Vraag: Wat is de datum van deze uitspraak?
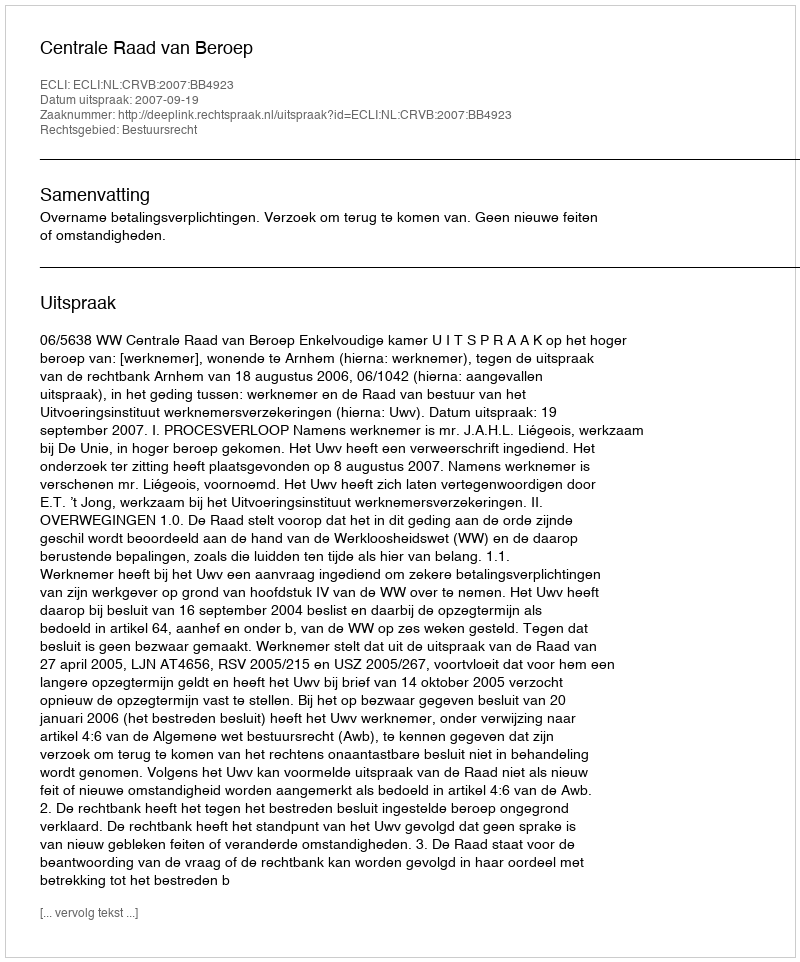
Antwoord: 2007-09-19